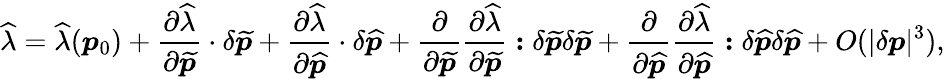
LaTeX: \widehat{\lambda}=\widehat{\lambda}(\boldsymbol{p}_{0})+\frac{\partial\widehat{\lambda}}{\partial\widetilde{\boldsymbol{p}}}\cdot\delta\widetilde{\boldsymbol{p}}+\frac{\partial\widehat{\lambda}}{\partial\widehat{\boldsymbol{p}}}\cdot\delta\widehat{\boldsymbol{p}}+\frac{\partial}{{\partial\widetilde{\boldsymbol{p}}}}\frac{\partial\widehat{\lambda}}{\partial\widetilde{\boldsymbol{p}}}\boldsymbol{:}\delta\widetilde{\boldsymbol{p}}\delta\widetilde{\boldsymbol{p}}+\frac{\partial}{{\partial\widehat{\boldsymbol{p}}}}\frac{\partial\widehat{\lambda}}{\partial\widehat{\boldsymbol{p}}}\boldsymbol{:}\delta\widehat{\boldsymbol{p}}\delta\widehat{\boldsymbol{p}}+\textit{O}(|\delta\boldsymbol{p}|^{3}),